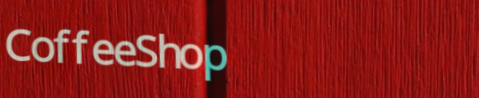
CoffeeShop